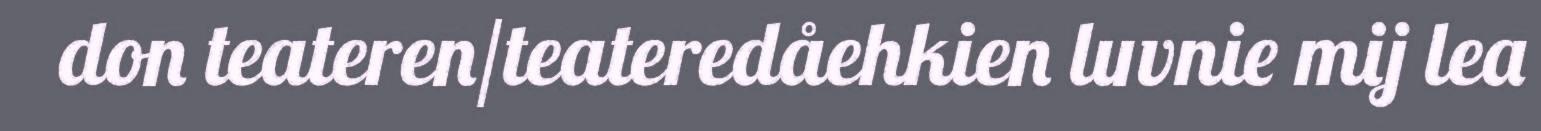
don teateren/teateredåehkien luvnie mij lea